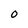
Character: 0